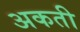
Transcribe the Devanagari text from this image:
अकती